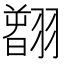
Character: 𦒂